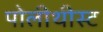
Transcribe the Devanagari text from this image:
पोलीथीस्ट